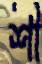
শী